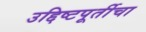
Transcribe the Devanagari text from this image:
उद्दिष्टपूर्तीचा